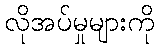
လိုအပ်မှုများကို